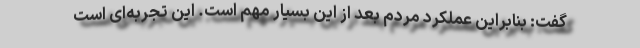
گفت: بنابراین عملکرد مردم بعد از این بسیار مهم است. این تجربه‌ای است